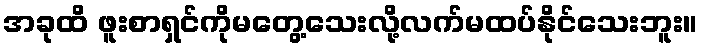
အခုထိ ဖူးစာရှင်ကိုမတွေ့သေးလို့လက်မထပ်နိုင်သေးဘူး။